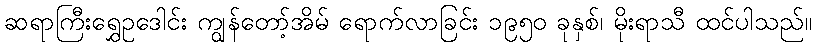
ဆရာကြီးရွှေဥဒေါင်း ကျွန်တော့်အိမ် ရောက်လာခြင်း ၁၉၅၀ ခုနှစ်၊ မိုးရာသီ ထင်ပါသည်။